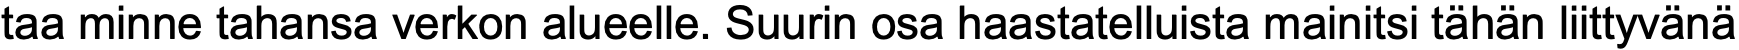
taa minne tahansa verkon alueelle. Suurin osa haastatelluista mainitsi tähän liittyvänä